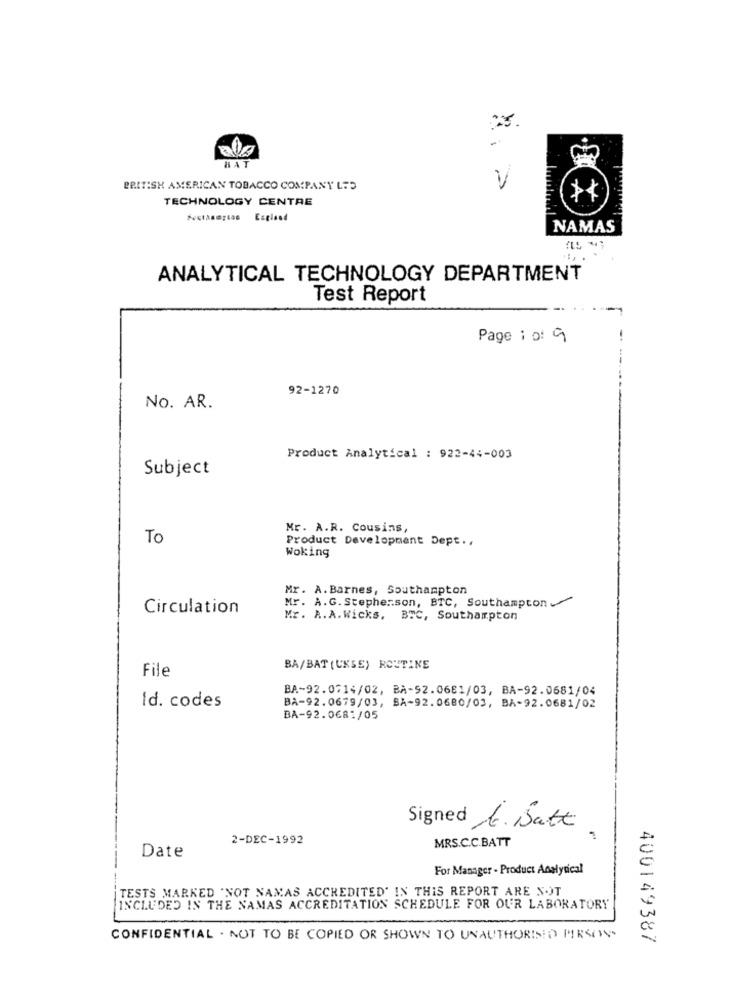
HAT
BRITISH AMERICAN TOBACCO COMPANY LTD
TECHNOLOGY CENTRE
NAMAS
ANALYTICAL TECHNOLOGY DEPARTMENT
Test Report
Page 1 of 9
92-1270
No. AR.
Product Analytical : 922-44-003
Subject
Mr. A.R. Cousins,
To
Product Development Dept ..
Woking
Mr. A. Barnes, Southampton
Mr. A.G. Stephenson, BTC, Southampton
Circulation
Mr. R.A.Wicks, BTC, Southampton
BA/BAT(UKSE) ROUTINE
File
BA-92.0714/02, BA-92.0681/03, BA-92.0681/04
Id. codes
BA-92.0679/03, SA-92.0680/03, BA-92.0681/02
BA-92.0681/05
Signed E. Batt
2-DEC-1992
MRS.C.C.BATT
Date
For Manager - Product Analytical
TESTS MARKED "NOT NAMAS ACCREDITED' IN THIS REPORT ARE NOT
INCLUDED IN THE NAMAS ACCREDITATION SCHEDULE FOR OUR LABORATORY
CONFIDENTIAL . NOT TO BE COPIED OR SHOWN TO UNAUTHORISED PERSONS
400149387